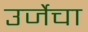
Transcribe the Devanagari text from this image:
उर्जेचा